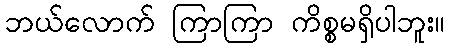
ဘယ်လောက် ကြာကြာ ကိစ္စမရှိပါဘူး။